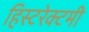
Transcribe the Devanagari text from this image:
हिस्टरेक्टमी